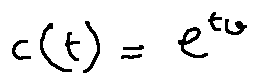
c ( t ) = e ^ { t v }